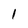
Character: 1